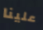
علينا